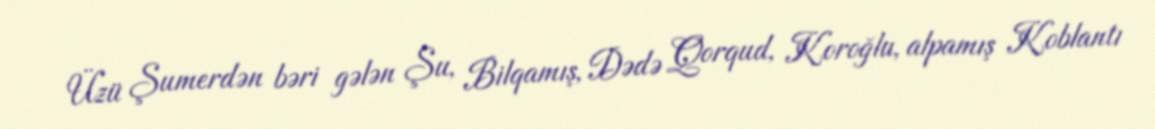
Üzü Şumerdən bəri gələn Şu, Bilqamış, Dədə Qorqud, Koroğlu, alpamış Koblantı